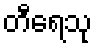
တီရေသု